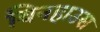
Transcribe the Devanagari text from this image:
विनहाउस